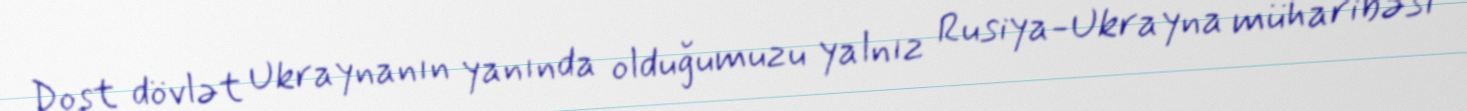
Dost dövlət Ukraynanın yanında olduğumuzu yalnız Rusiya-Ukrayna müharibəsi